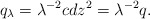
\begin{align*}q_{\lambda} = \lambda^{-2} c dz^2 = \lambda^{-2}q. \end{align*}